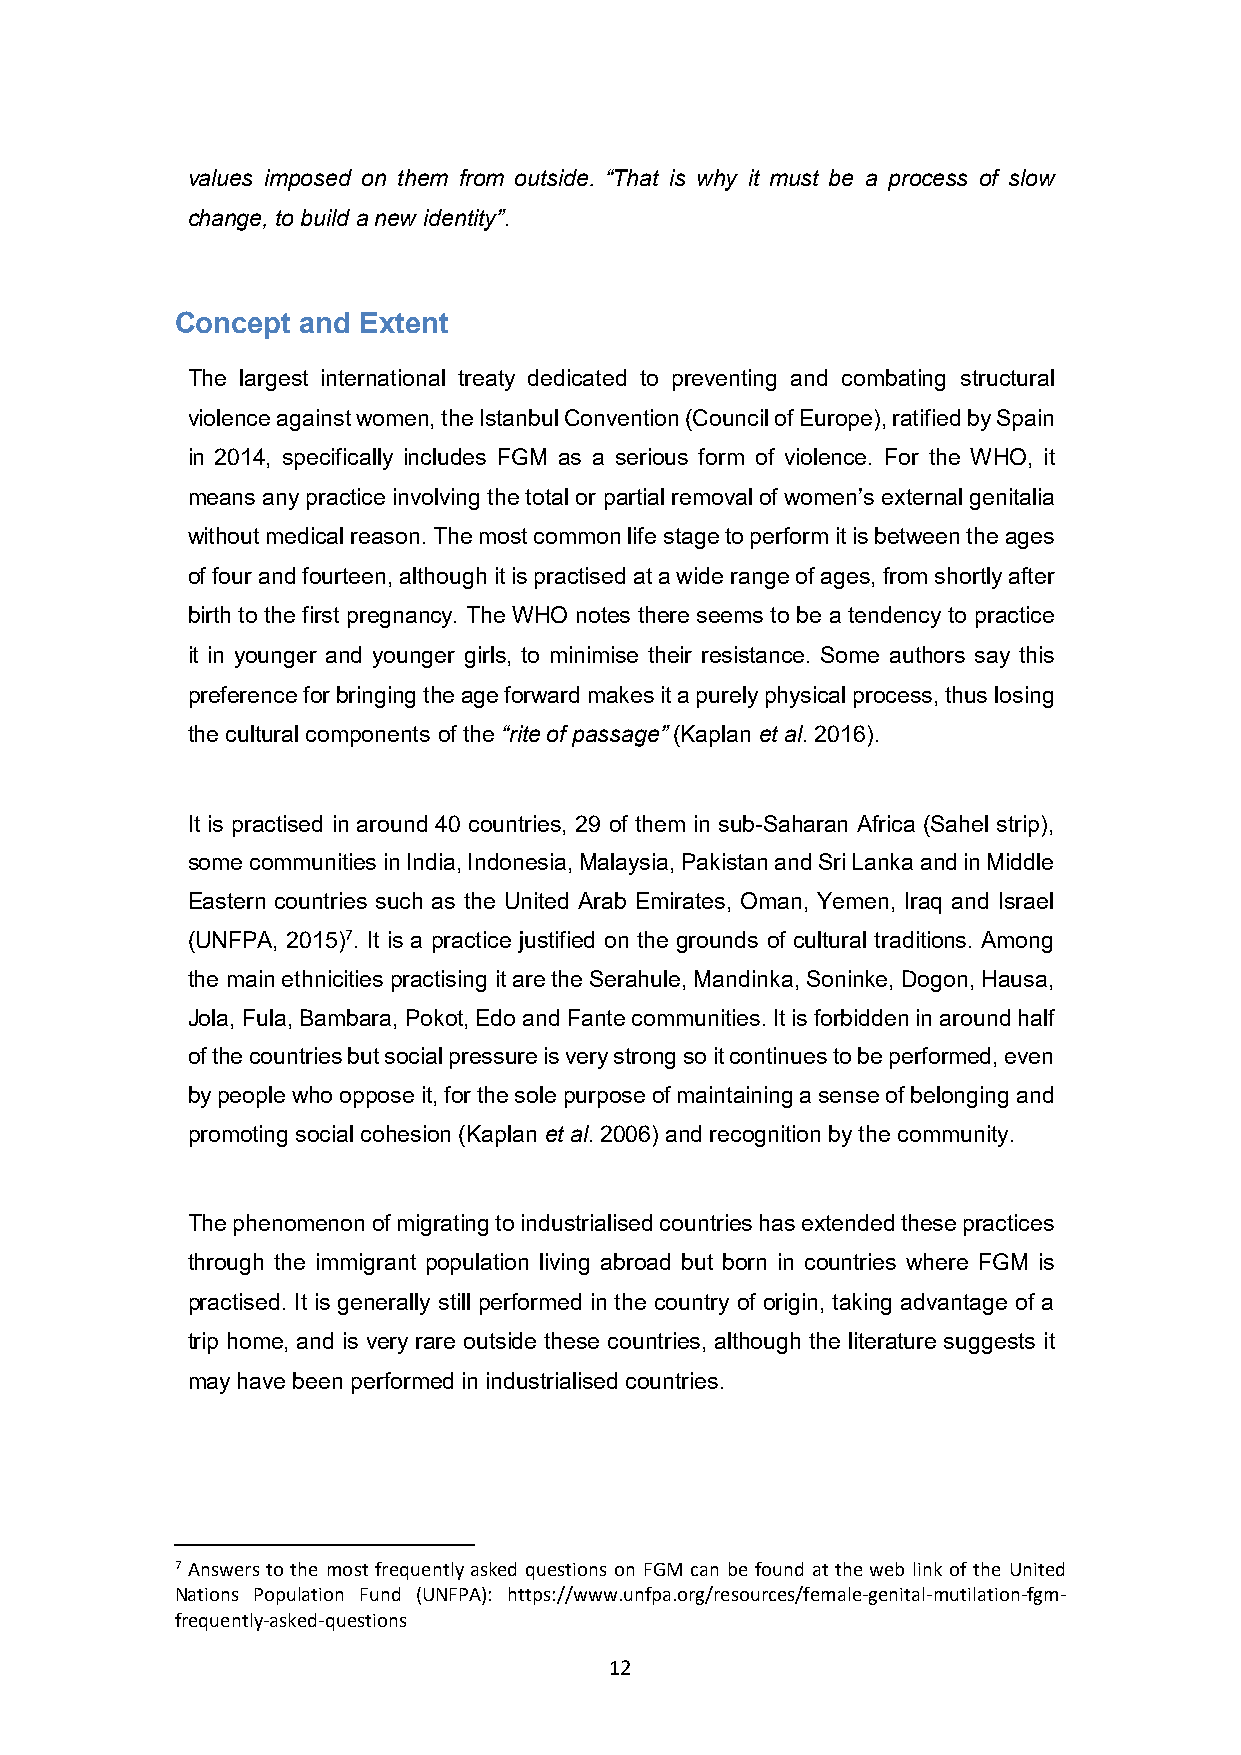
values imposed on them from outside. “That is why it must be a process of slow
 change, to build a new identity”.
 Concept and Extent
 The largest international treaty dedicated to preventing and combating structural
 violence against women, the Istanbul Convention (Council of Europe), ratified by Spain
 in 2014, specifically includes FGM as a serious form of violence. For the WHO, it
 means any practice involving the total or partial removal of women’s external genitalia
 without medical reason. The most common life stage to perform it is between the ages
 of four and fourteen, although it is practised at a wide range of ages, from shortly after
 birth to the first pregnancy. The WHO notes there seems to be a tendency to practice
 it in younger and younger girls, to minimise their resistance. Some authors say this
 preference for bringing the age forward makes it a purely physical process, thus losing
 the cultural components of the “rite of passage” (Kaplan et al. 2016).
 It is practised in around 40 countries, 29 of them in sub-Saharan Africa (Sahel strip),
 some communities in India, Indonesia, Malaysia, Pakistan and Sri Lanka and in Middle
 Eastern countries such as the United Arab Emirates, Oman, Yemen, Iraq and Israel
 (UNFPA, 2015)7. It is a practice justified on the grounds of cultural traditions. Among
 the main ethnicities practising it are the Serahule, Mandinka, Soninke, Dogon, Hausa,
 Jola, Fula, Bambara, Pokot, Edo and Fante communities. It is forbidden in around half
 of the countries but social pressure is very strong so it continues to be performed, even
 by people who oppose it, for the sole purpose of maintaining a sense of belonging and
 promoting social cohesion (Kaplan et al. 2006) and recognition by the community.
 The phenomenon of migrating to industrialised countries has extended these practices
 through the immigrant population living abroad but born in countries where FGM is
 practised. It is generally still performed in the country of origin, taking advantage of a
 trip home, and is very rare outside these countries, although the literature suggests it
 may have been performed in industrialised countries.
 7 Answers to the most frequently asked questions on FGM can be found at the web link of the United
 Nations Population Fund (UNFPA): https://www.unfpa.org/resources/female-genital-mutilation-fgm-
 frequently-asked-questions
 12